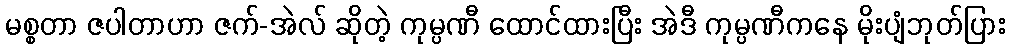
မစ္စတာ ဇပါတာဟာ ဇက်-အဲလ် ဆိုတဲ့ ကုမ္ပဏီ ထောင်ထားပြီး အဲဒီ ကုမ္ပဏီကနေ မိုးပျံဘုတ်ပြား